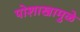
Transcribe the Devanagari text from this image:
पोशाखामुळे